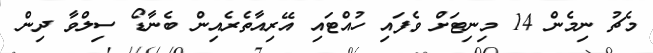
މެޗު ނިމެން 14 މިނިޓަށް ވެފައި ހުއްޓައި އޭރިއާތެރެއިން ބެނާޑޯ ސިލްވާ ދިން